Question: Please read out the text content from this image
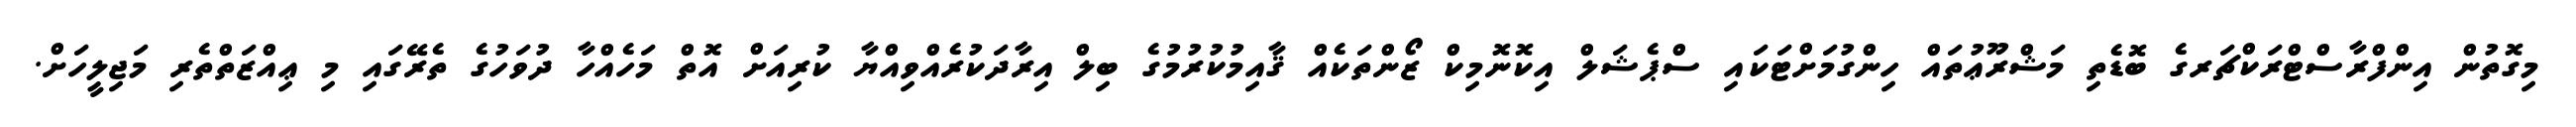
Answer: މިގޮތުން އިންފްރާސްޓްރަކްޗަރގެ ބޮޑެތި މަޝްރޫޢުތައް ހިންގުމަށްޓަކައި ސްޕެޝަލް އިކޮނޮމިކް ޒޯންތަކެއް ޤާއިމުކުރުމުގެ ބިލް އިރާދަކުރެއްވިއްޔާ ކުރިއަށް އޮތް މަހެއްހާ ދުވަހުގެ ތެރޭގައި މި ޢިއްޒަތްތެރި މަޖިލީހަށް.